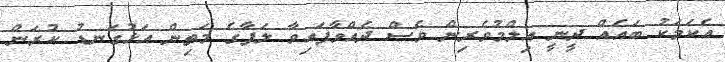
އެކަމަކު ބައެއް ދީނީ އިލްމުވެރިން ވެސް ދެއްވާފައިވާ ލަފާގެ މަތިން އަޅުގަނޑު ކުރަން